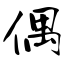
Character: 偶